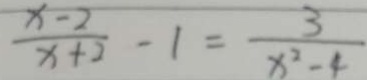
\frac { x - 2 } { x + 2 } - 1 = \frac { 3 } { x ^ { 2 } - 4 }